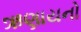
ઋણાયનો